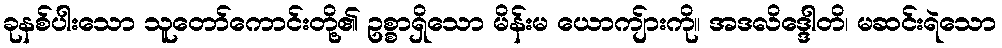
ခုနစ်ပါးသော သူတော်ကောင်းတို့၏ ဥစ္စာရှိသော မိန်းမ ယောကျ်ားကို။ အဒလိဒ္ဒေါတိ၊ မဆင်းရဲသော